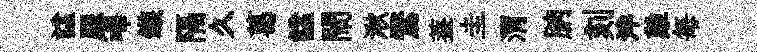
諡犀嗶鏃隔久葛諡閙湫鶩葢圭渭朒刻泮難每